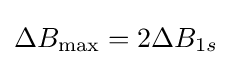
\Delta B_{\text{max}}=2\Delta B_{1s}